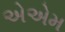
એએમ